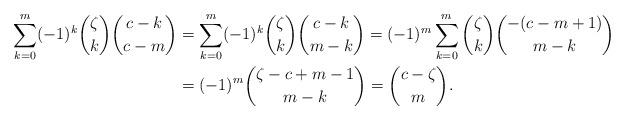
LaTeX: \begin{align*}\begin{aligned}\sum_{k=0}^{m} (-1)^k \binom{\zeta}{k} \binom{c-k}{c-m} &=\sum_{k=0}^{m} (-1)^k \binom{\zeta}{k} \binom{c-k}{m-k} = (-1)^m \sum_{k=0}^{m} \binom{\zeta}{k} \binom{-(c-m+1)}{m-k} \\&= (-1)^m \binom{\zeta-c+m-1}{m-k} = \binom{c-\zeta}{m}.\end{aligned}\end{align*}